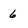
Character: 6